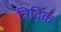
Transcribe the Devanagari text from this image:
त्रिद्कि